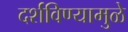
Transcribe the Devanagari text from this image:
दर्शविण्यामुळे